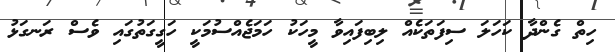
ހިތް ގެންދާ ކަހަލަ ސިފަތަކެއް ލިބިފައިވާ މީހަކު ހަމަޖެއްސުމަކީ ހަގީގަތުގައި ވެސް ރަނގަޅު